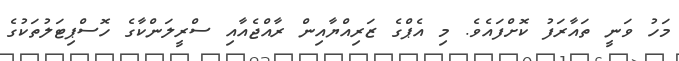
މަހު ވަނީ ތައާރަފު ކޮށްފައެވެ. މި އެޕްގެ ޒަރިއްޔާއިން ރާއްޖެއާއި ސްރީލަންކާގެ ހޮސްޕިޓަލުތަކުގެ